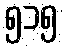
၅၁၅